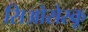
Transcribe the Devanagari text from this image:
सिओसेस्कू